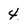
Character: 4